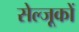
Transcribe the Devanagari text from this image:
सेल्जूकों